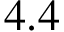
4 . 4